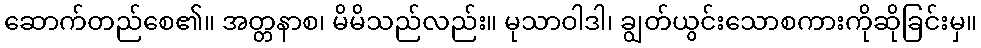
ဆောက်တည်စေ၏။ အတ္တနာစ၊ မိမိသည်လည်း။ မုသာဝါဒါ၊ ချွတ်ယွင်းသောစကားကိုဆိုခြင်းမှ။